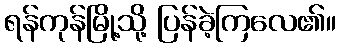
ရန်ကုန်မြို့သို့ ပြန်ခဲ့ကြလေ၏။